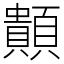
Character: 䫭